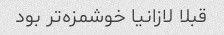
قبلا لازانیا خوشمزه‌تر بود